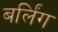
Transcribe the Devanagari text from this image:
बर्लिंग